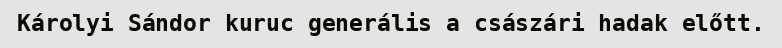
Károlyi Sándor kuruc generális a császári hadak előtt.